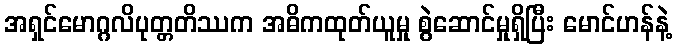
အရှင်မောဂ္ဂလိပုတ္တတိဿက အဓိကထုတ်ယူမှု စွဲဆောင်မှုရှိပြီး မောင်ဟန်နဲ့